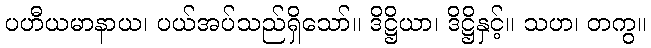
ပဟီယမာနာယ၊ ပယ်အပ်သည်ရှိသော်။ ဒိဋ္ဌိယာ၊ ဒိဋ္ဌိနှင့်။ သဟ၊ တကွ။